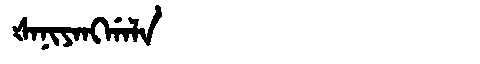
Manchu: ᡧᠠᠨᡳᠶᠠᠩᡤᠠᠯᠠ
Romanization: ŠANIYANGGALA